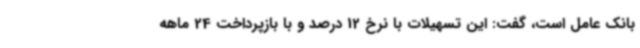
بانک عامل است، گفت: این تسهیلات با نرخ 12 درصد و با بازپرداخت 24 ماهه